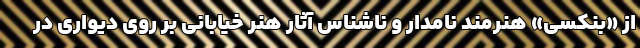
از «بنکسی» هنرمند نامدار و ناشناس آثار هنر خیابانی بر روی دیواری در